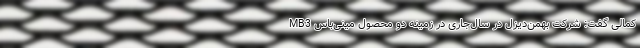
کمالی گفت: شرکت بهمن‌دیزل در سال‌جاری در زمینه دو محصول مینی‌باس MB3